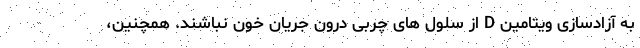
به آزادسازی ویتامین D از سلول های چربی درون جریان خون نباشند. همچنین،